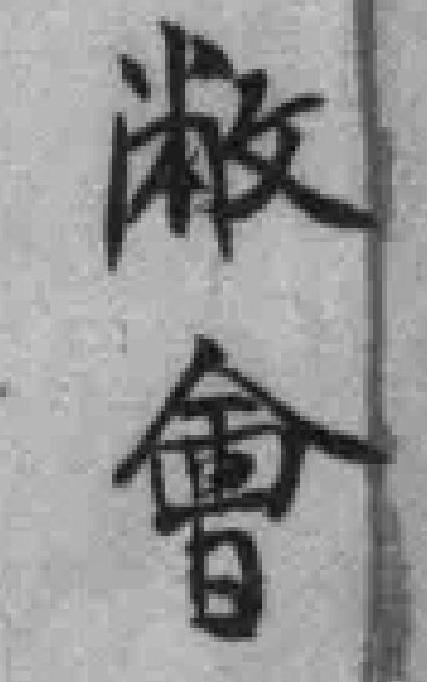
敝會